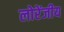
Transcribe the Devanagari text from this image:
लोरेंजीय